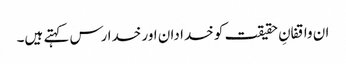
ان واقفانِ حقیقت کو خدا دان اور خدا رس کہتے ہیں۔